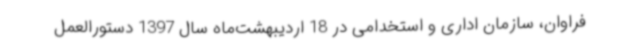
فراوان، سازمان اداری و استخدامی در 18 اردیبهشت‌ماه سال 1397 دستورالعمل